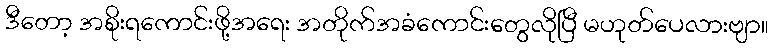
ဒီတော့ အစိုးရကောင်းဖို့အရေး အတိုက်အခံကောင်းတွေလိုပြီ မဟုတ်ပေလားဗျာ။